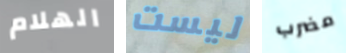
الهلام ليست مضرب